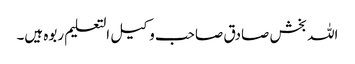
اللہ بخش صادق صاحب وکیل التعلیم ربوہ ہیں۔